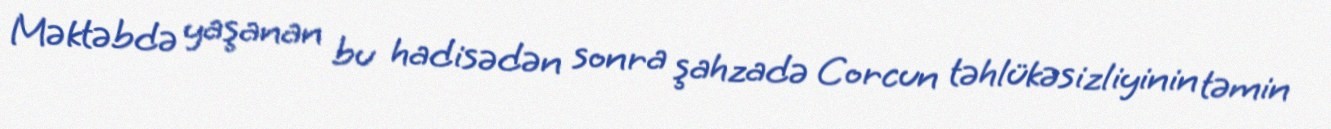
Məktəbdə yaşanan bu hadisədən sonra şahzadə Corcun təhlükəsizliyinin təmin